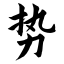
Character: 势